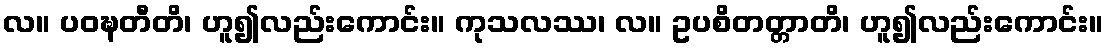
လ။ ပဝဍ္ဎတီတိ၊ ဟူ၍လည်းကောင်း။ ကုသလဿ၊ လ။ ဥပစိတတ္တာတိ၊ ဟူ၍လည်းကောင်း။